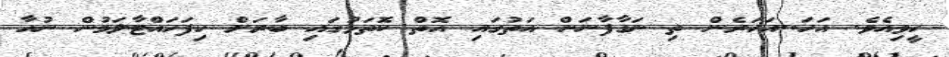
ހީވިއެވެ. އަހަ..އަހަރެން ތި ނަގާފާނަން އަތުގައި އޮތް ކޮތަޅުގައި ބާރަށް ހިފަހައްޓާލަމުން ނުހާ